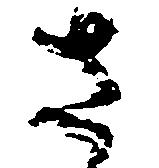
さ